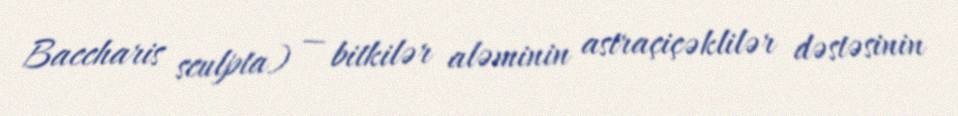
Baccharis sculpta) — bitkilər aləminin astraçiçəklilər dəstəsinin